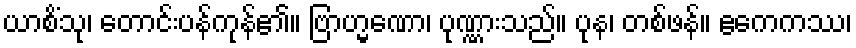
ယာစိံသု၊ တောင်းပန်ကုန်၏။ ဗြာဟ္မဏော၊ ပုဏ္ဏားသည်။ ပုန၊ တစ်ဖန်။ ဧကေကဿ၊